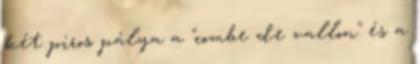
két piros pálya a "combe de vallon" és a